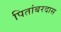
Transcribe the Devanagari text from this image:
पितांबरदास